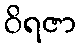
ဝိရဇာ